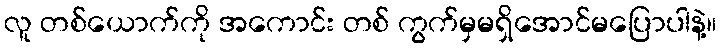
လူ တစ်ယောက်ကို အကောင်း တစ် ကွက်မှမရှိအောင်မပြောပါနဲ့။